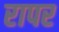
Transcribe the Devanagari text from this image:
रापर